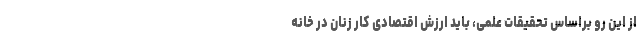
از این رو براساس تحقیقات علمی، باید ارزش اقتصادی کار زنان در خانه